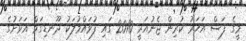
މީގެ ފަސް އަހަރު ކުރިން ޖެނުއަރީ 2010 ގައި ފުވައްމުލަކު ދޫނޑިގަމް އަވަށުގެ